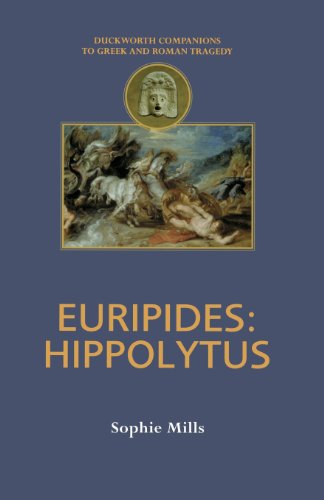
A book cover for Euripides: Hippolytus (Duckworth Companions to Greek & Roman Tragedy); Sophie Mills; Literature & Fiction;